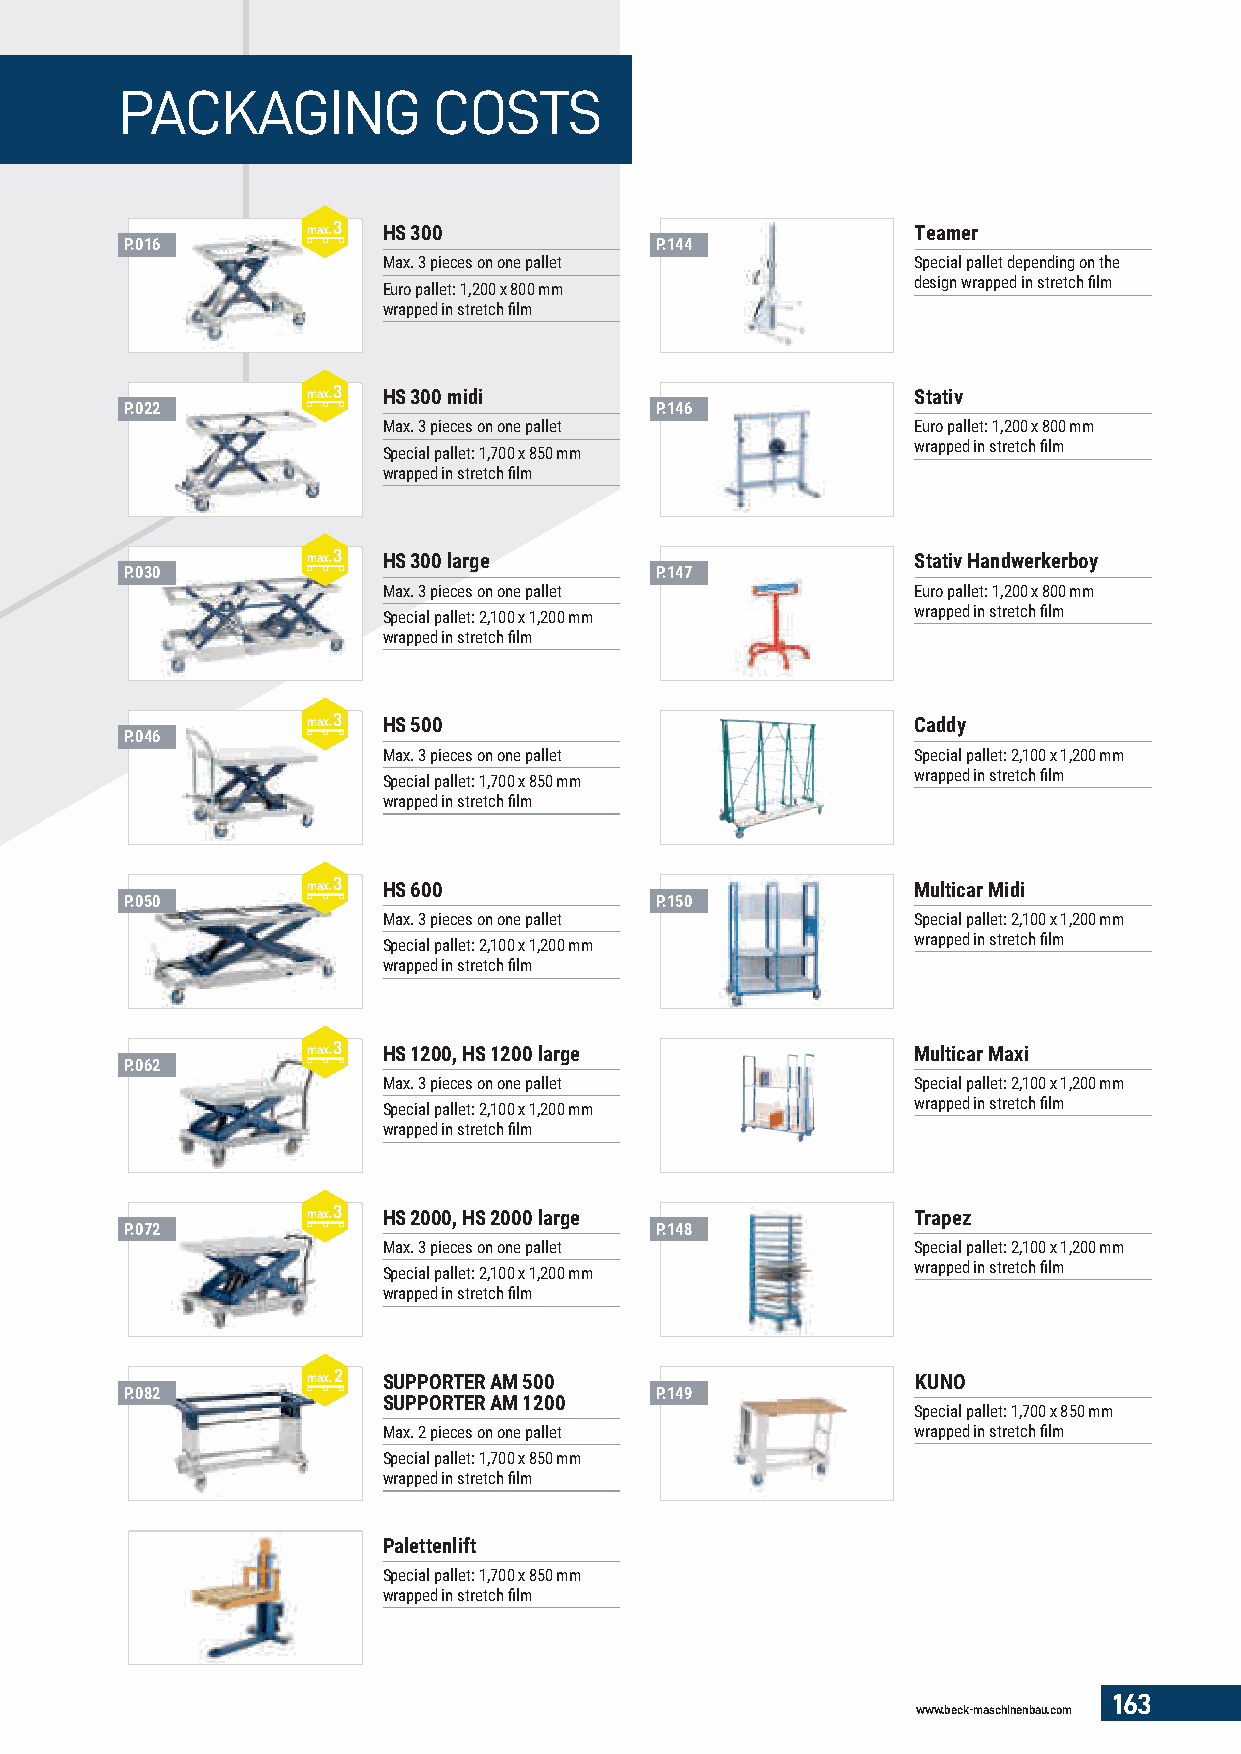
PACKAGING            COSTS
 max. 3 HS 300                           Teamer
 P.016                              P.144
 Max. 3 pieces on one pallet        Special pallet depending on the
 design wrapped in stretch fi lm
 Euro pallet: 1,200 x 800 mm
 wrapped in stretch fi lm
 max. 3 HS 300 midi                      Stativ
 P.022                              P.146
 Max. 3 pieces on one pallet        Euro pallet: 1,200 x 800 mm
 wrapped in stretch fi lm
 Special pallet: 1,700 x 850 mm
 wrapped in stretch fi lm
 max. 3 HS 300 large                     Stativ Handwerkerboy
 P.030                              P.147
 Max. 3 pieces on one pallet        Euro pallet: 1,200 x 800 mm
 wrapped in stretch fi lm
 Special pallet: 2,100 x 1,200 mm
 wrapped in stretch fi lm
 max. 3 HS 500                           Caddy
 P.046
 Max. 3 pieces on one pallet        Special pallet: 2,100 x 1,200 mm
 wrapped in stretch fi lm
 Special pallet: 1,700 x 850 mm
 wrapped in stretch fi lm
 max. 3 HS 600                           Multicar Midi
 P.050                              P.150
 Max. 3 pieces on one pallet        Special pallet: 2,100 x 1,200 mm
 wrapped in stretch fi lm
 Special pallet: 2,100 x 1,200 mm
 wrapped in stretch fi lm
 max. 3 HS 1200, HS 1200 large           Multicar Maxi
 P.062
 Max. 3 pieces on one pallet        Special pallet: 2,100 x 1,200 mm
 wrapped in stretch fi lm
 Special pallet: 2,100 x 1,200 mm
 wrapped in stretch fi lm
 max. 3 HS 2000, HS 2000 large           Trapez
 P.072                              P.148
 Max. 3 pieces on one pallet        Special pallet: 2,100 x 1,200 mm
 wrapped in stretch fi lm
 Special pallet: 2,100 x 1,200 mm
 wrapped in stretch fi lm
 max. 2 SUPPORTER AM 500                  KUNO
 P.082                              P.149
 SUPPORTER AM 1200
 Special pallet: 1,700 x 850 mm
 Max. 2 pieces on one pallet        wrapped in stretch fi lm
 Special pallet: 1,700 x 850 mm
 wrapped in stretch fi lm
 Palettenlift
 Special pallet: 1,700 x 850 mm
 wrapped in stretch fi lm
 163
 www.beck-maschinenbau.com